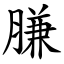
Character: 膁